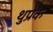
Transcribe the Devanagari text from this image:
थुप्रेक